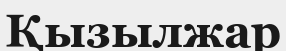
Қызылжар